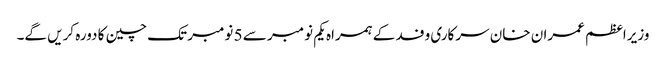
وزیراعظم عمران خان سرکاری وفد کے ہمراہ یکم نومبر سے 5 نومبر تک چین کا دورہ کریں گے۔